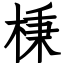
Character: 棅